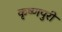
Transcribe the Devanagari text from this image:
कृष्णपुरी